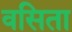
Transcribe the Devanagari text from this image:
वसिता